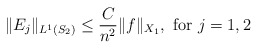
\begin{align*}\Vert E_j \Vert_{L^{1}(S_2)} \leq \dfrac{C}{n^2}\Vert f \Vert_{X_1}, \textrm{ for } j=1, 2 \end{align*}